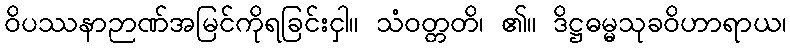
ဝိပဿနာဉာဏ်အမြင်ကိုရခြင်းငှါ။ သံဝတ္တတိ၊ ၏။ ဒိဋ္ဌဓမ္မသုခဝိဟာရာယ၊